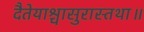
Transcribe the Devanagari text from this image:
दैतेयाश्चासुरास्तथा॥